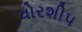
વોરશીપ